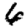
Digit: 6